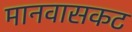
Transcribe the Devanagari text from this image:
मानवासकट